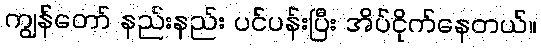
ကျွန်တော် နည်းနည်း ပင်ပန်းပြီး အိပ်ငိုက်နေတယ်။